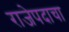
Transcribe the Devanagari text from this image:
राजेपदाचा